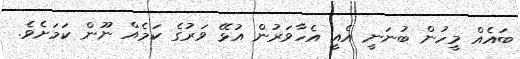
ބައެއް މީހުން ބުނަނީ އެއީ އެހާވަރުން އުޅޭ ވަރުގެ ކަމެއް ނޫން ކަމަށެވެ.